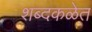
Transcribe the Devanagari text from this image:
शब्दकळेत